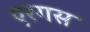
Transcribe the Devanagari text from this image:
एरगस